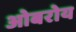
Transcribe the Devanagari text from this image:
ओबरोय